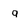
Character: q